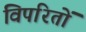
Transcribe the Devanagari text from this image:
विपरितों